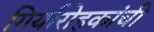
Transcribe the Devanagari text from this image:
गिर्यारोहकांची